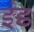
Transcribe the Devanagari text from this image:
इंड